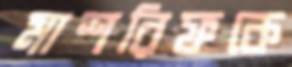
মাশরিফকে